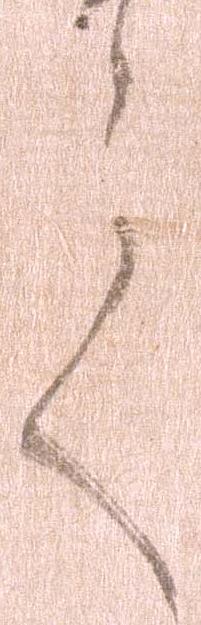
言